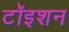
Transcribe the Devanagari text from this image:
टॉइशन